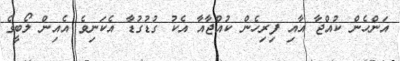
އަންހެން ކުއްޖާ އާއި ފިރިހެން ކުއްޖާއާ އެކު ގުޑުގުޑާ އެކަނިވެ އެއިން ލޯބީގެ